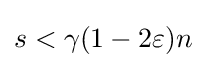
s<\gamma (1-2\varepsilon )n